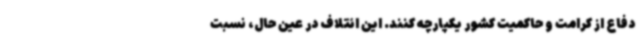
دفاع از کرامت و حاکمیت کشور یکپارچه کنند. این ائتلاف در عین حال، نسبت